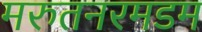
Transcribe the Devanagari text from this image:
मरुतनरमडम